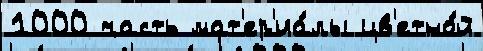
1000 часть мат'ер'иа́лы цв'етно́й